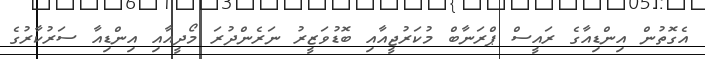
އެގޮތުން އިންޑިއާގެ ރައީސް ޕްރަނާބް މުކަރުޖީއާއި ބޮޑުވަޒީރު ނަރެންދުރަ މޯދީއާއި އިންޑިއާ ސަރުކާރުގެ